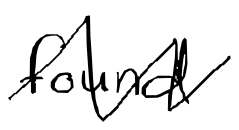
Text: found
Cross-out: zig-zag
Writing tool: digital_black